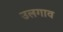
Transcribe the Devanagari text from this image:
उलगाव